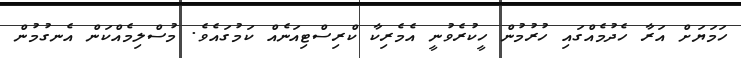
ހަމަޔަށް އަރާ ހެދުމެއްގައި ހުރުމުން ހީކުރެވުނީ އެމެރިކާ ކްރިސްޓިއަނެއް ކަމުގައެވެ. މުސްލިމެއްކަން އެނގުމުން